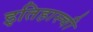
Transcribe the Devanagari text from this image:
इतिहास्ची